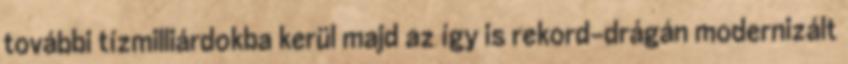
további tízmilliárdokba kerül majd az így is rekord-drágán modernizált